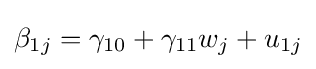
\beta _{1j}=\gamma _{10}+\gamma _{11}w_{j}+u_{1j}